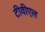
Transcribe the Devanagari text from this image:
टीवीएल